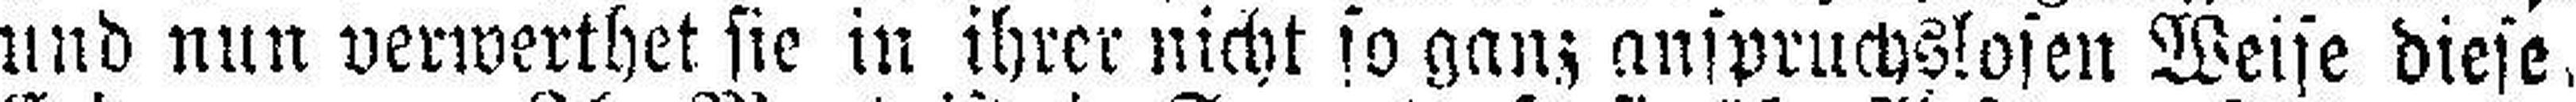
und nun verwerthet sie in ihrer nicht so ganz anspruchslosen Weise diese.